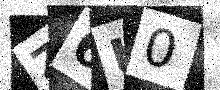
Text: Z6U0